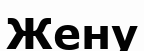
Жену